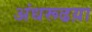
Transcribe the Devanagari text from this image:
अंधरूढय़ा